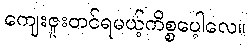
ကျေးဇူးတင်ရမယ့်ကိစ္စပေ့ါလေ။